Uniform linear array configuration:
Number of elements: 12
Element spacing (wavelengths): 0.75
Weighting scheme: binomial
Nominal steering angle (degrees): -60
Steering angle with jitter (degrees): -59.367
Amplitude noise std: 0.05
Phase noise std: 0.05

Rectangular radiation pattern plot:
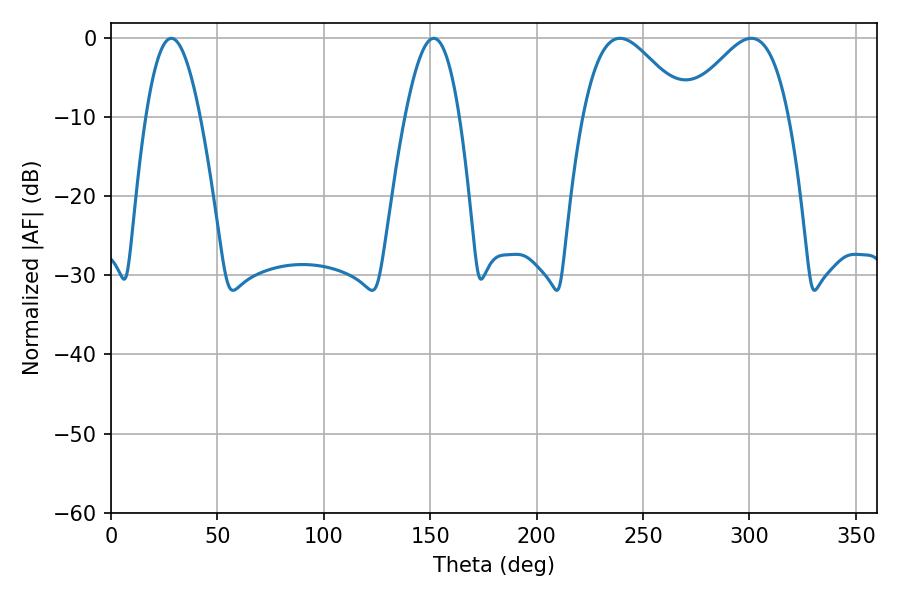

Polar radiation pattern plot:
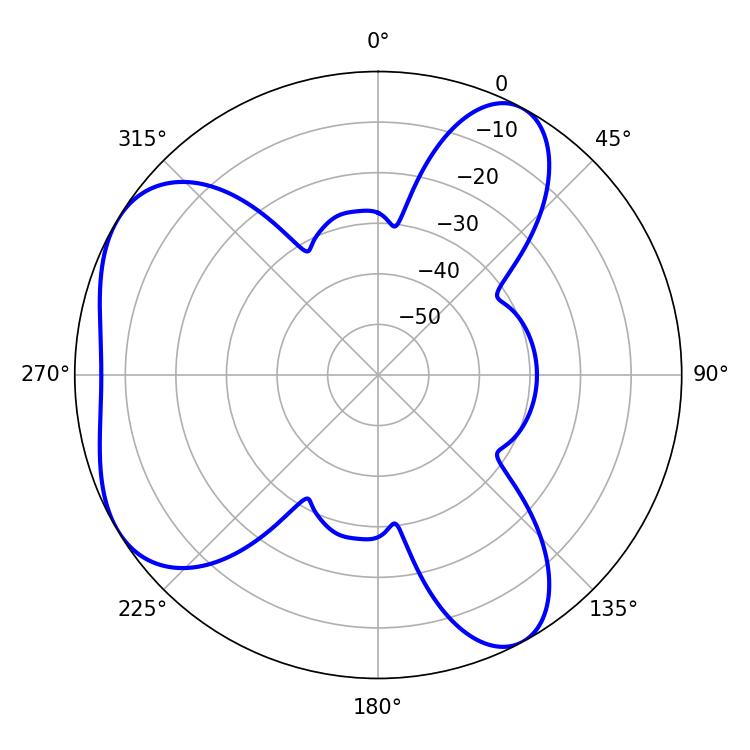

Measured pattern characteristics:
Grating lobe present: TRUE
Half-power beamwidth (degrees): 26.1
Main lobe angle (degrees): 239.22